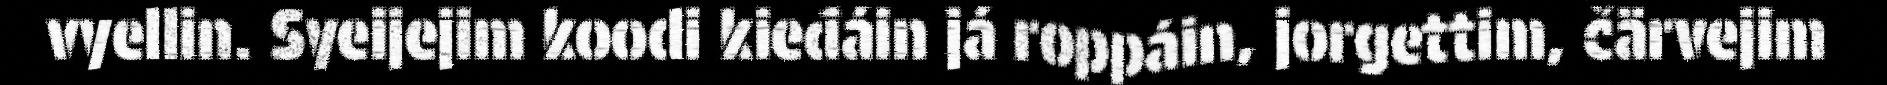
vyellin. Syeijejim koodi kieđáin já roppáin, jorgettim, čärvejim